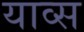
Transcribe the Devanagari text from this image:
याव्स